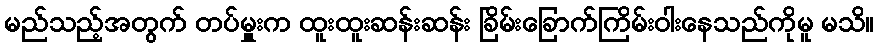
မည်သည့်အတွက် တပ်မှူးက ထူးထူးဆန်းဆန်း ခြိမ်းခြောက်ကြိမ်းဝါးနေသည်ကိုမူ မသိ။